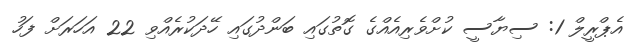
އެޕްރީލް 1: ސިޔާސީ ކުށްވެރިއެއްގެ ގޮތުގައި ބަންދުގައި ހޭދަކުރެއްވި 22 އަހަރަށް ފަހު